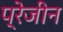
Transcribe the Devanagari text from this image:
प्रेजीन